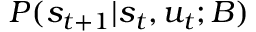
P ( s _ { t + 1 } | s _ { t } , u _ { t } ; B )